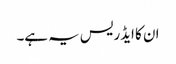
ان کا ایڈریس یہ ہے۔